Report on lock hospitals in British Burma
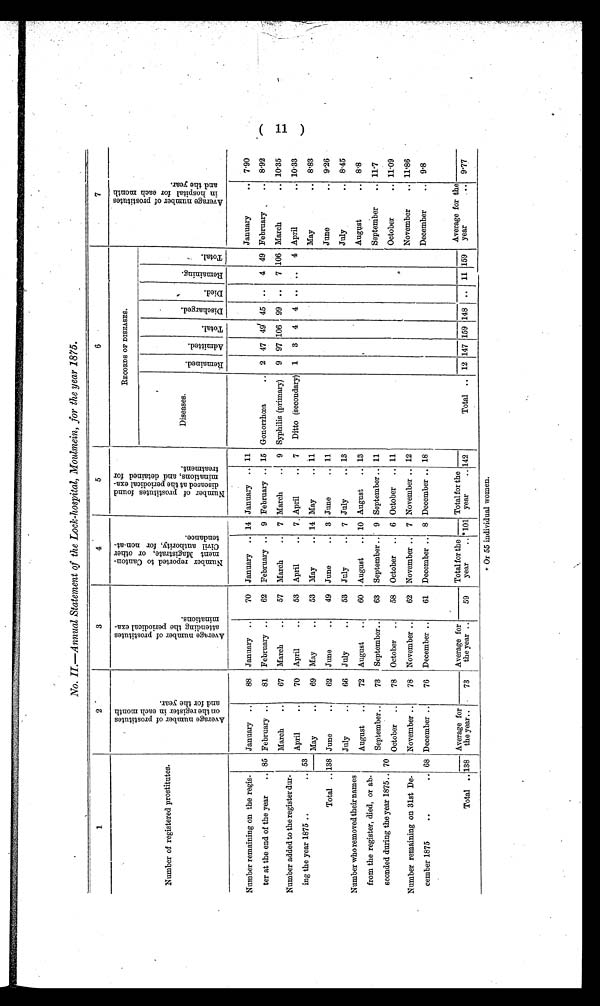
No. II.—Annual Statement of the Lock-hospital, Moulmein, for the year 1875.
( 1 1 )
1
2
3
4
5
6
7
RECORDS OF DISEASES.
Number of registered prostitutes.
Diseases .
Number remaining on the regis-
January ..
88
January ..
70 January .. 14 January .. 11
January
.. 7.90
ter at the end of the year
.. 85 February ..
81
February ..
62 February .. 9 February .. 15 Gonorrhcea
.. 2 47 49 45 ..
4 49 February
.. 8.92
March
..
67 March
..
57 March
.. 7 March
.. 9 Syphilis (primary)
9 97 106 99 ..
7 106 March
.. 10.35
Number added to the register dur-
April
..
70
April
..
53 April
.. 7. April
..
7
Ditto (secondary)
1
3
4
4 .. ..
4 April
.. 10.33
ing the year 1875..
.. 53
May
..
69
May
..
53 May
.. 14 May
.. 11
May
..
Total .. 138 June
..
62 June
..
49 June
.. 3 June
.. 11
June
.. 9.26
July .. 66 July .. 53 July
..
7 July
.. 13
July
..
8.45
Number who removedtheir names
August ..
72 August
60 August
.. 10 August
.. 13
August
.. 8 .8
from the register, died, or ab-
September ..
73
September..
63 September .. 9 September .. 11
September
.. 11.7
sconded during the year 1875.. 70 October
78 October ..
58 October .. 6 October .. 11
October
.. 11.09
Number remaining on 31st De-
November ..
78 November . . 62 November .. 7 November .. 12 November .. 11.86
cember 1875
..
.. 68 December ..
76 December ..
61 December ..
8 December .. 18
December
.. 9.8
Average for
Average for
Total for the
Total
for
the Average for the
year
..
Total .. 138
the year..
73
the year ..
59
year
.. * 101
year
.. 142
Total .. 12 147 159 148 ..
11 159
9.77
* Or 55 individual women.